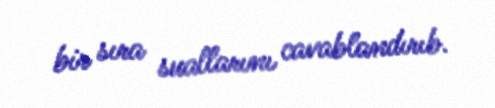
bir sıra suallarını cavablandırıb.